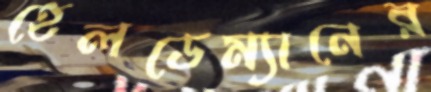
হেলডেম্যানের